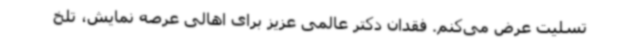
تسلیت عرض می‌کنم. فقدان دکتر عالمی عزیز برای اهالی عرصه نمایش، تلخ